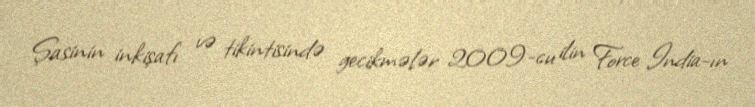
Şasinin inkişafı və tikintisində gecikmələr 2009-cu ilin Force India-ın